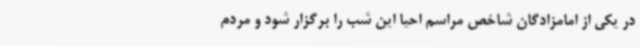
در یکی از امامزادگان شاخص مراسم احیا این شب را برگزار شود و مردم